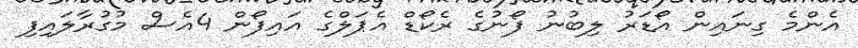
އެންމެ ގިނައިން އޯޑަރު ލިބުނު ފޯނުގެ ރެކޯޑް އެޕަލްގެ އައިފޯން 4އެސް މުގުރާލައިފި